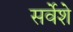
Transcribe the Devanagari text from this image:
सर्वेशे